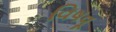
વિષવૂ